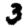
Digit: 3